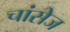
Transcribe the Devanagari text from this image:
चांसेज